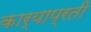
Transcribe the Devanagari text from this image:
कार्याप्रती